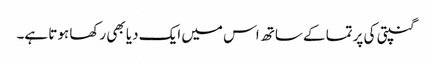
گنپتی کی پرتما کے ساتھ اس میں ایک دیا بھی رکھا ہوتا ہے۔